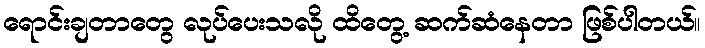
ရောင်းချတာတွေ လုပ်ပေးသလို ထိတွေ့ ဆက်ဆံနေတာ ဖြစ်ပါတယ်။